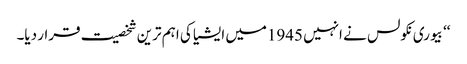
‘‘ بیوری نکولس نے انہیں 1945میں ایشیا کی اہم ترین شخصیت قرار دیا۔